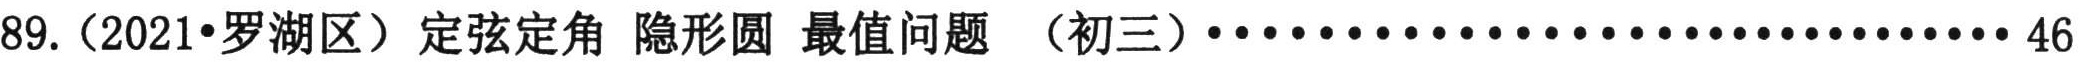
89.（2021•罗湖区）定弦定角 隐形圆 最值问题 （初三）........................46